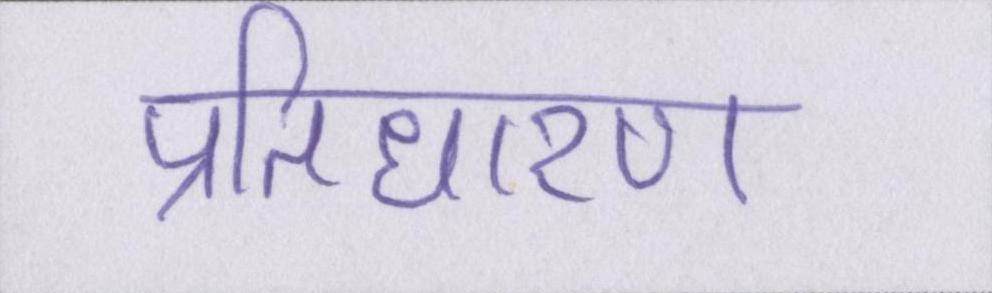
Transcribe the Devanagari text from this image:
प्रतिधारण